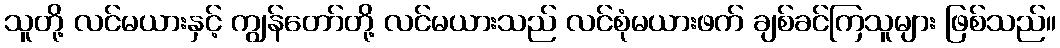
သူတို့ လင်မယားနှင့် ကျွန်တော်တို့ လင်မယားသည် လင်စုံမယားဖက် ချစ်ခင်ကြသူများ ဖြစ်သည်။